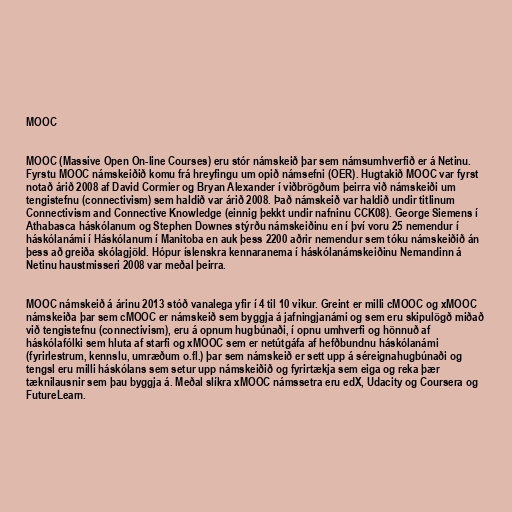
MOOC

MOOC (Massive Open On-line Courses) eru stór námskeið þar sem námsumhverfið er á Netinu.
Fyrstu MOOC námskeiðið komu frá hreyfingu um opið námsefni (OER). Hugtakið MOOC var fyrst
notað árið 2008 af David Cormier og Bryan Alexander í viðbrögðum þeirra við námskeiði um
tengistefnu (connectivism) sem haldið var árið 2008. Það námskeið var haldið undir titlinum
Connectivism and Connective Knowledge (einnig þekkt undir nafninu CCK08). George Siemens í
Athabasca háskólanum og Stephen Downes stýrðu námskeiðinu en í því voru 25 nemendur í
háskólanámi í Háskólanum í Manitoba en auk þess 2200 aðrir nemendur sem tóku námskeiðið án
þess að greiða skólagjöld. Hópur íslenskra kennaranema í háskólanámskeiðinu Nemandinn á
Netinu haustmisseri 2008 var meðal þeirra.

MOOC námskeið á árinu 2013 stóð vanalega yfir í 4 til 10 vikur. Greint er milli cMOOC og xMOOC
námskeiða þar sem cMOOC er námskeið sem byggja á jafningjanámi og sem eru skipulögð miðað
við tengistefnu (connectivism), eru á opnum hugbúnaði, í opnu umhverfi og hönnuð af
háskólafólki sem hluta af starfi og xMOOC sem er netútgáfa af hefðbundnu háskólanámi
(fyrirlestrum, kennslu, umræðum o.fl.) þar sem námskeið er sett upp á séreignahugbúnaði og
tengsl eru milli háskólans sem setur upp námskeiðið og fyrirtækja sem eiga og reka þær
tæknilausnir sem þau byggja á. Meðal slíkra xMOOC námssetra eru edX, Udacity og Coursera og
FutureLearn.